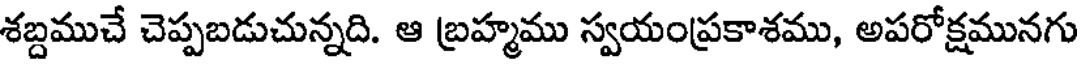
శబ్దముచే చెప్పబడుచున్నది. ఆ బ్రహ్మము స్వయంప్రకాశము, అపరోక్షమునగు